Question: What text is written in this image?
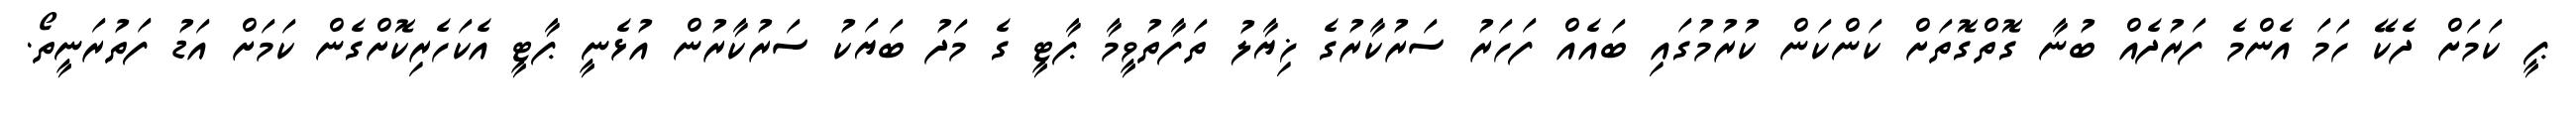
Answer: ޕީ ކަމަށް ދެކޭ ހަމަ އެންމެ ފަރުދެއް ބުނާ ގޮތްގޮތަށް ކަންކަން ކުރުމުގައި ބައެއް ފަހަރު ސަރުކާރުގެ ޚިޔާލު ތަފާތުވީމާ ޕާޓީ ގެ މަދު ބަޔަކު ސަރުކާރުން އުޅެނީ ޕާޓީ އެކަހެރިކޮށްގެން ކަމަށް އަޑު ފަތުރަނީތޯ.